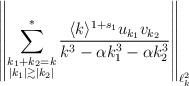
LaTeX: \begin{align*} \left\| \sum_{\substack{k_1+k_2 = k \\ |k_1| \gtrsim |k_2|}}^* \frac{\langle k \rangle^{1+s_1} u_{k_1}v_{k_2}}{k^3 - \alpha k_1^3 - \alpha k_2^3} \right\|_{\ell^2_k}\end{align*}